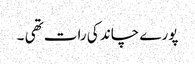
پورے چاند کی رات تھی ۔